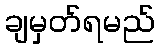
ချမှတ်ရမည်